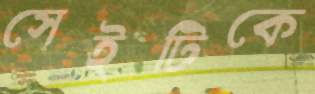
সেইটিকে